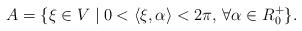
LaTeX: \begin{align*}A=\{ \xi\in V \mid 0<\langle \xi ,\alpha\rangle< 2\pi,\,\forall\alpha\in R_0^+\} . \end{align*}